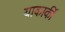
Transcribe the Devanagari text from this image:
याकार्की